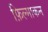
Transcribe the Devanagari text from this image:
फ़िल्माकन